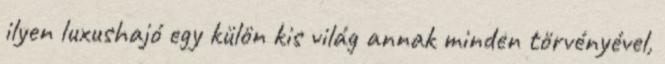
ilyen luxushajó egy külön kis világ annak minden törvényével,